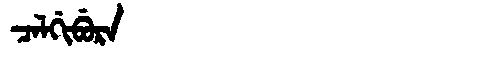
Manchu: ᠴᠠᠯᡤᡳᠪᡠᡵᠠ
Romanization: CALGIBURA